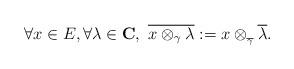
LaTeX: \begin{align*}\forall x \in E, \forall \lambda \in \mathbf{C}, \ \overline{x \otimes_\gamma \lambda} := x \otimes_{_{\overline{\gamma}}} \overline{\lambda}.\end{align*}